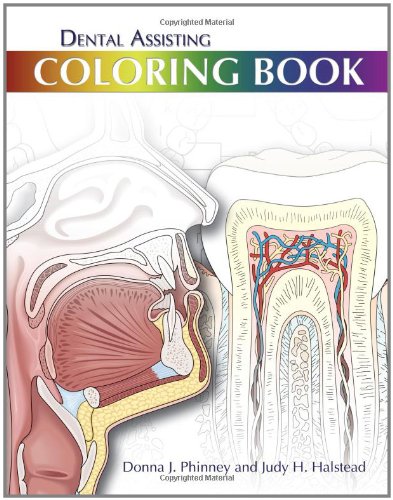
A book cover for Dental Assisting Coloring Book; Donna J. Phinney; Medical Books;